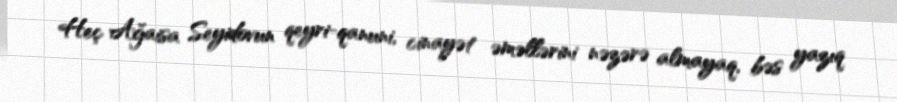
Heç Ağaisa Seyidovun qeyri-qanuni, cinayət əməllərini nəzərə almayaq, bəs yazıq